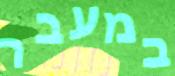
במעבר